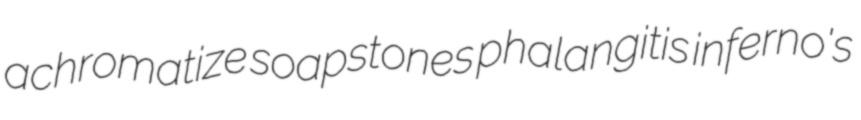
achromatize soapstones phalangitis inferno's